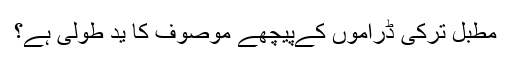
مطبل ترکی ڈراموں کےپیچھے موصوف کا ید طولی ہے؟